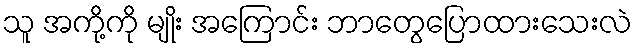
သူ အကို့ကို မျိုး အကြောင်း ဘာတွေပြောထားသေးလဲ